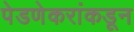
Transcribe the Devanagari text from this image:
पेडणेकरांकडून